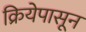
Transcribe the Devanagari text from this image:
क्रियेपासून